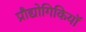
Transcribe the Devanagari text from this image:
प्रौद्योगिकियॉ